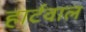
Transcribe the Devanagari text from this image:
हार्टवाल